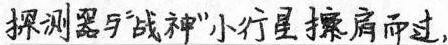
探测器与"战神"小行星擦肩而过,